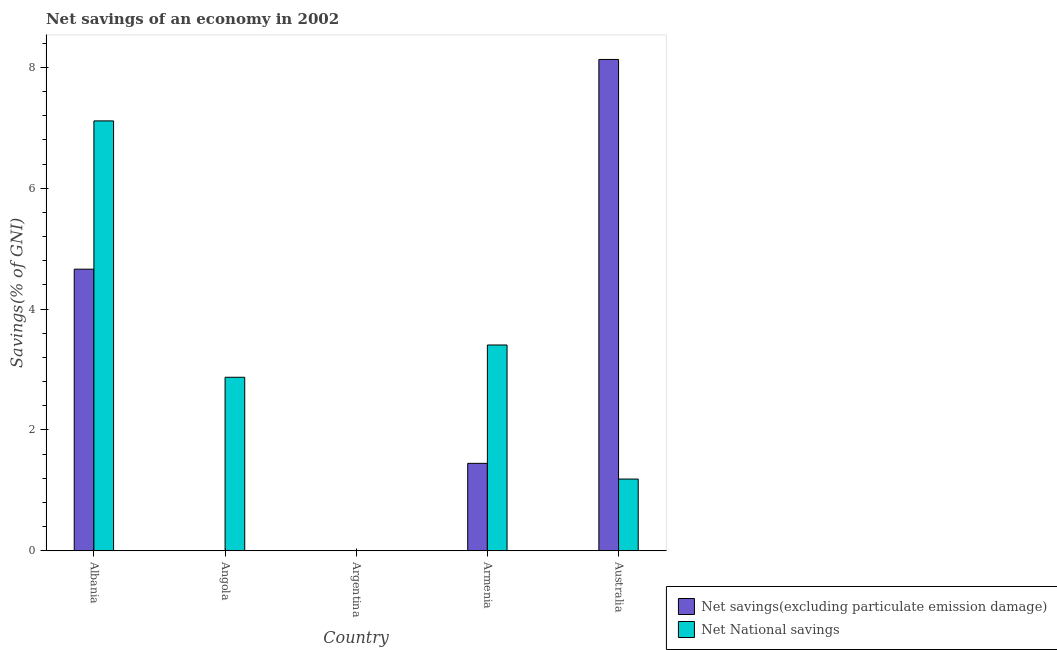
| Country | Net savings(excluding particulate emission damage) | Net National savings |
 | --- | --- | --- |
 | Albania | 4.66 | 7.11 |
 | Angola | -39.6 | 2.87 |
 | Argentina | -2.43 | -8.2 |
 | Armenia | 1.45 | 3.41 |
 | Australia | 8.13 | 1.19 |